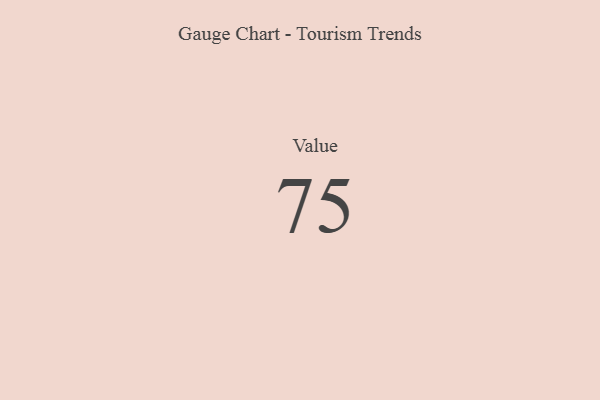
{"axis": {"x": "Metric", "y": "Value"}, "legend": [""], "data": [{"x": "Value", "y": 75, "type": ""}]}